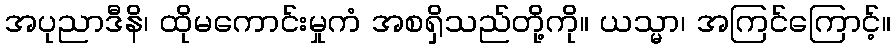
အပုညာဒီနိ၊ ထိုမကောင်းမှုကံ အစရှိသည်တို့ကို။ ယသ္မာ၊ အကြင်ကြောင့်။